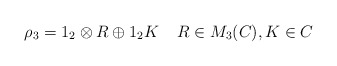
\begin{align*}\rho_3=1_2\otimes R \oplus 1_2K\;\;\;\;R\in M_3(C),K \in C\end{align*}